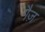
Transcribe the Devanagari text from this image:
गैज़